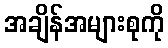
အချိန်အများစုကို